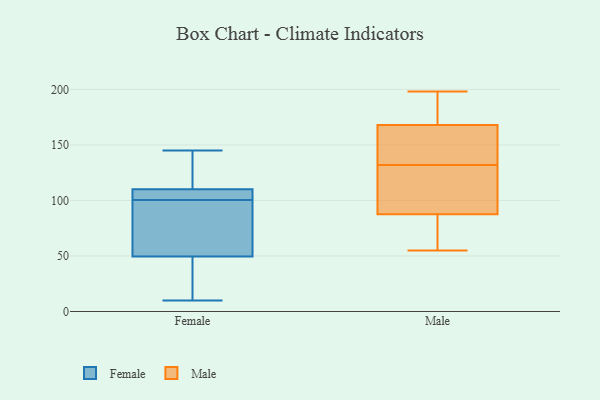
{"axis": {"x": "Backlog", "y": "Value"}, "legend": ["Female", "Male"], "data": [{"x": "", "y": 20, "type": "Female"}, {"x": "", "y": 145, "type": "Female"}, {"x": "", "y": 99, "type": "Female"}, {"x": "", "y": 81, "type": "Female"}, {"x": "", "y": 105, "type": "Female"}, {"x": "", "y": 105, "type": "Female"}, {"x": "", "y": 102, "type": "Female"}, {"x": "", "y": 21, "type": "Female"}, {"x": "", "y": 10, "type": "Female"}, {"x": "", "y": 143, "type": "Female"}, {"x": "", "y": 78, "type": "Female"}, {"x": "", "y": 115, "type": "Female"}, {"x": "", "y": 187, "type": "Male"}, {"x": "", "y": 130, "type": "Male"}, {"x": "", "y": 55, "type": "Male"}, {"x": "", "y": 61, "type": "Male"}, {"x": "", "y": 81, "type": "Male"}, {"x": "", "y": 118, "type": "Male"}, {"x": "", "y": 198, "type": "Male"}, {"x": "", "y": 157, "type": "Male"}, {"x": "", "y": 171, "type": "Male"}, {"x": "", "y": 132, "type": "Male"}, {"x": "", "y": 73, "type": "Male"}, {"x": "", "y": 158, "type": "Male"}, {"x": "", "y": 175, "type": "Male"}, {"x": "", "y": 159, "type": "Male"}, {"x": "", "y": 107, "type": "Male"}]}